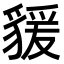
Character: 𧳭